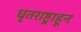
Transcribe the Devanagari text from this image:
धृतराष्ट्राहून